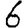
Digit: 6